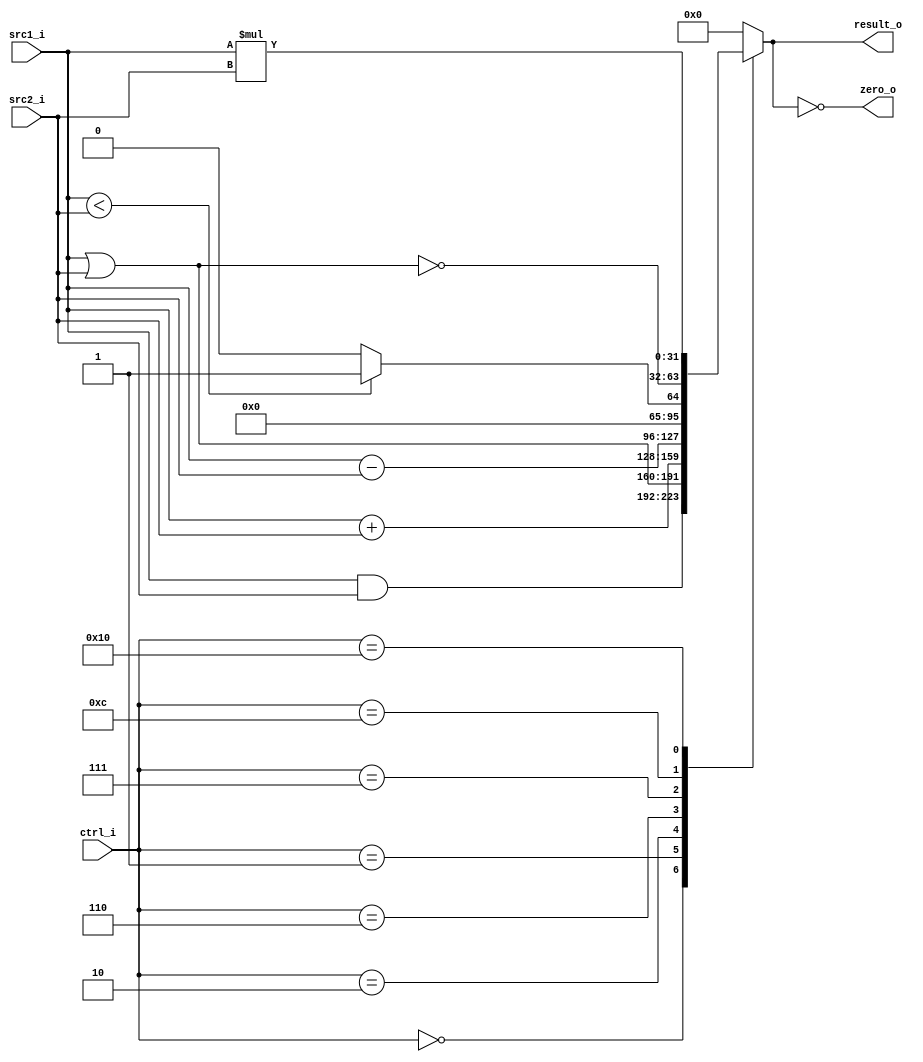
//Subject:     CO project 2 - ALU
//--------------------------------------------------------------------------------
//Version:     1
//--------------------------------------------------------------------------------
//Writer:       109550020
//----------------------------------------------
//----------------------------------------------
//Description: 
//--------------------------------------------------------------------------------
`timescale 1ns/1ps
module ALU(
    src1_i,
	src2_i,
	ctrl_i,
	result_o,
	zero_o
	);
     
//I/O ports
input  [32-1:0]  src1_i;
input  [32-1:0]	 src2_i;
input  [5-1:0]   ctrl_i;

output [32-1:0]	 result_o;
output           zero_o;

//Internal signals
reg    [32-1:0]  result_o;
wire             zero_o;

//Parameter

//Main function
assign zero_o = (result_o==0);
always @(*)begin
	case(ctrl_i)
		0:result_o <= src1_i & src2_i;
		1:result_o <= src1_i | src2_i;
		2:result_o <= src1_i + src2_i;
		6:result_o <= src1_i - src2_i;
		7:result_o <= src1_i < src2_i ? 1:0;
		12:result_o <= ~(src1_i | src2_i);
		16:result_o <= src1_i * src2_i;
		default:result_o <= 0;
	endcase
end

endmodule